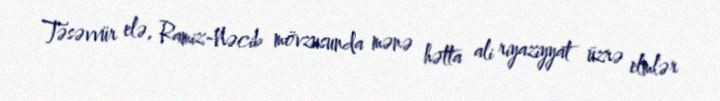
Təsəvvür elə, Ramiz-Nəcib mövzusunda mənə hətta ali riyaziyyat üzrə elmlər